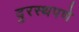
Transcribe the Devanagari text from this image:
दुरस्थपणे